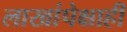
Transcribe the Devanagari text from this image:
लाखांपेक्षाही